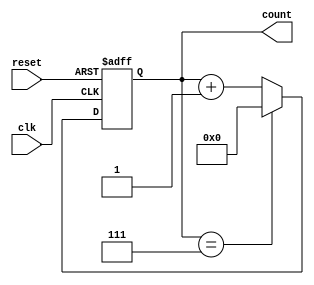
module mod_n_async_counter #(
    parameter N = 8  // Maximum count value (Mod-N counter)
)(
    input wire clk,      // Clock input
    input wire reset,    // Asynchronous reset
    output reg [N-1:0] count // Count output (N bits wide)
);

// Calculate the required number of bits
localparam COUNTER_WIDTH = $clog2(N);

// Asynchronous reset and counter logic
always @(posedge clk or posedge reset) begin
    if (reset) begin
        count <= 0; // Reset count to 0
    end else begin
        if (count == (N - 1)) begin
            count <= 0; // Wrap around to 0
        end else begin
            count <= count + 1; // Increment the counter
        end
    end
end

endmodule